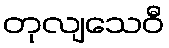
တုလျသေဝီ